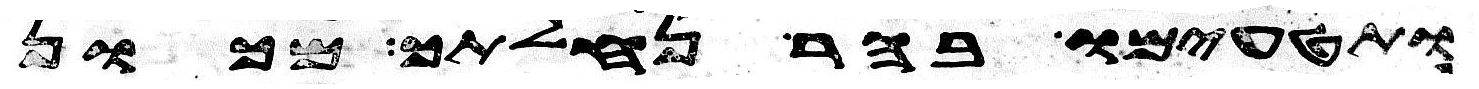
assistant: ותטעמו בהר נחלתך מכון